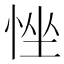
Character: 𢚂